Report of veterinary surgeon J.H. Steel, A.V.D., on his investigation into an obscure and fatal disease among transport mules in British Burma
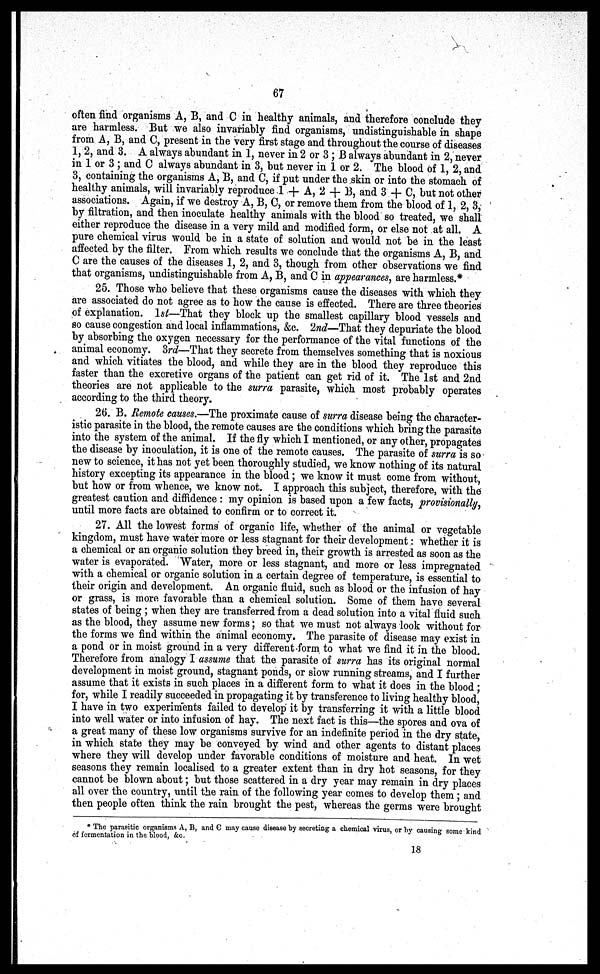
67
often find organisms A, B, and C in healthy animals, and therefore conclude they
are harmless. But we also invariably find organisms, undistinguishable in shape
from A, B, and C, present in the very first stage and throughout the course of diseases
1, 2, and 3. A always abundant in 1, never in 2 or 3 ; B always abundant in 2, never
in 1 or 3 ; and 0 always abundant in 3, but never in 1 or 2. The blood of 1, 2, and
3, containing the organisms A, B, and C, if put under the skin or into the stomach of
healthy animals, will invariably reproduce 1 + A, 2 + B, and 3 + C, but not other
associations. Again, if we destroy A, B, C, or remove them from the blood of 1, 2, 3,
by filtration, and then inoculate healthy animals with the blood so treated, we shall
either reproduce the disease in a very mild and modified form, or else not at all. A
pure chemical virus would be in a state of solution and would not be in the least
affected by the filter. From which results we conclude that the organisms A, B, and
C are the causes of the diseases 1, 2, and 3, though from other observations we find
that organisms, undistinguishable from A, B, and C in appearances, are harmless.*
25. Those who believe that these organisms cause the diseases with which they
are associated do not agree as to how the cause is effected. There are three theories
of explanation. 1st—That they block up the smallest capillary blood vessels and
so cause congestion and local inflammations, &c. 2nd—That they depuriate the blood
by absorbing the oxygen necessary for the performance of the vital functions of the
animal economy. 3rd—That they secrete from themselves something that is noxious
and which vitiates the blood, and while they are in the blood they reproduce this
faster than the excretive organs of the patient can get rid of it. The 1st and 2nd
theories are not applicable to the surra parasite, which most probably operates
according to the third theory.
26. B. Remote causes.—The proximate cause of surra disease being the character-
istic parasite in the blood, the remote causes are the conditions which bring the parasite
into the system of the animal. If the fly which I mentioned, or any other, propagates
the disease by inoculation, it is one of the remote causes. The parasite of surra is so
new to science, it has not yet been thoroughly studied, we know nothing of its natural
history excepting its appearance in the blood ; we know it must come from without,
but how or from whence, we know not. I approach this subject, therefore, with the
greatest caution and diffidence : my opinion is based upon a few facts, provisionally',
until more facts are obtained to confirm or to correct it.
27. All the lowest forms of organic life, whether of the animal or vegetable
kingdom, must have water more or less stagnant for their development: whether it is
a chemical or an organic solution they breed in, their growth is arrested as soon as the
water is evaporated. Water, more or less stagnant, and more or less impregnated
with a chemical or organic solution in a certain degree of temperature, is essential to
their origin and development. An organic fluid, such as blood or the infusion of hay
or grass, is more favorable than a chemical solution. Some of them have several
states of being ; when they are transferred from a dead solution into a vital fluid such
as the blood, they assume new forms; so that we must not always look without for
the forms we find within the animal economy. The parasite of disease may exist in
a pond or in moist ground in a very different form to what we find it in the blood.
Therefore from analogy I assume that the parasite of surra has its original normal
development in moist ground, stagnant ponds, or slow running streams, and I further
assume that it exists in such places in a different form to what it does in the blood ;
for, while I readily succeeded in propagating it by transference to living healthy blood,
I have in two experiments failed to develop it by transferring it with a little blood
into well water or into infusion of hay. The next fact is this—the spores and ova of
a great many of these low organisms survive for an indefinite period in the dry state,
in which state they may be conveyed by wind and other agents to distant places
where they will develop under favorable conditions of moisture and heat. In wet
seasons they remain localised to a greater extent than in dry hot seasons, for they
cannot be blown about; but those scattered in a dry year may remain in dry places
all over the country, until the rain of the following year comes to develop them ; and
then people often think the rain brought the pest, whereas the germs were brought
* The parasitic organisms A, B, and C may cause disease by secreting a chemical virus, or by causing some kind
of fermentation in the blood, &c.
18